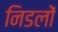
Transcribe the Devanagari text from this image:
निडलों